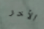
الأخر